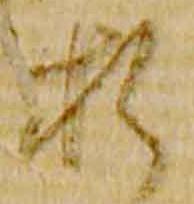
折